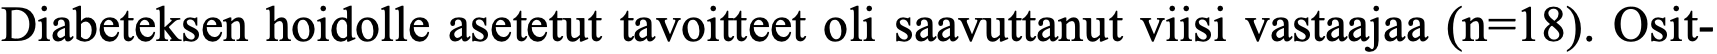
Diabeteksen hoidolle asetetut tavoitteet oli saavuttanut viisi vastaajaa (n=18). Osit-